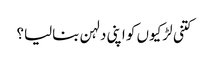
کتنی لڑکیوں کو اپنی دلہن بنالیا؟